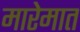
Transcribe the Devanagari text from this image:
मारेमात